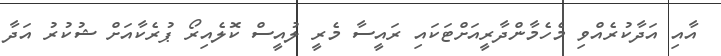
އާއި އަދާކުރެއްވި މެހެމާންދާރީއަށްޓަކައި ރައީސާ މެރީ ލުއީސް ކޮލެއިރޯ ޕުރެކާއަށް ޝުކުރު އަދާ